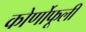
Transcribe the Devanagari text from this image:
कोर्णोफूली